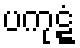
ပကုဋ္ဋံ